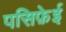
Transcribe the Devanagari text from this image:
पसिफ़ेई